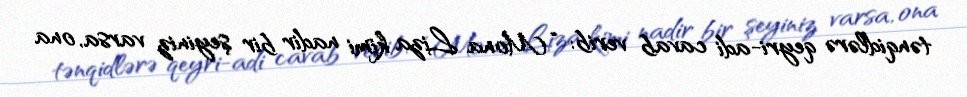
tənqidlərə qeyri-adi cavab verib: “Mona Liza kimi nadir bir şeyiniz varsa, ona